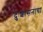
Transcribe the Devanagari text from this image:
दुःशासनाचा